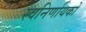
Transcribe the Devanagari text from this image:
स्वनिर्णायकों